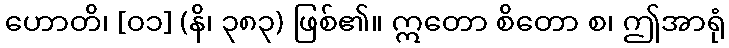
ဟောတိ၊ [၀၁] (နိ၊ ၃၈၃) ဖြစ်၏။ ဣတော စိတော စ၊ ဤအာရုံ